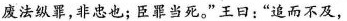
废法纵罪，非忠也；臣罪当死。”王日：”追而不及，